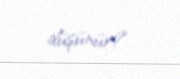
düşünür?.